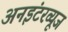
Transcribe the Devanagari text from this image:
अनइंटरव्यूज